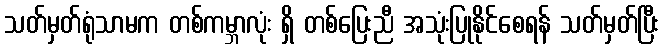
သတ်မှတ်ရုံသာမက တစ်ကမ္ဘာလုံး ရှိ တစ်ပြေးညီ အသုံးပြုနိုင်စေရန် သတ်မှတ်ပြီး